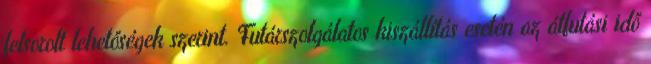
felsorolt lehetőségek szerint. Futárszolgálatos kiszállítás esetén az átfutási idő